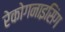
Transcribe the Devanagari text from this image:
रेकोगनाइसिंग